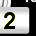
Digit: 2